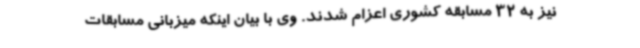
نیز به 32 مسابقه کشوری اعزام شدند. وی با بیان اینکه میزبانی مسابقات